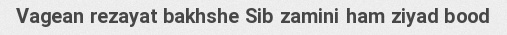
Vagean rezayat bakhshe Sib zamini ham ziyad bood